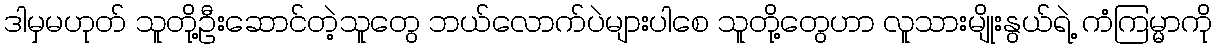
ဒါမှမဟုတ် သူတို့ဦးဆောင်တဲ့သူတွေ ဘယ်လောက်ပဲများပါစေ သူတို့တွေဟာ လူသားမျိုးနွယ်ရဲ့ ကံကြမ္မာကို